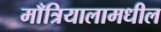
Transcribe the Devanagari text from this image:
माँत्रियालामधील